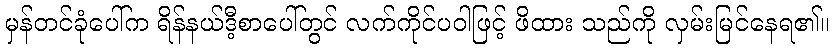
မှန်တင်ခုံပေါ်က ရိန်နယ်ဒီ့စာပေါ်တွင် လက်ကိုင်ပဝါဖြင့် ဖိထား သည်ကို လှမ်းမြင်နေရ၏။